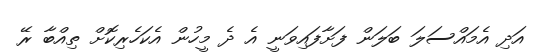
އަދި އެމައްސަލަ ބަލަން ފަށާފައިވަނީ އެ ދެ މީހުން އެކަހެރިކޮށް ތިއްބާ ރޭ